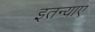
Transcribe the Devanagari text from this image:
इतन्याए